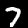
Digit: 7